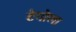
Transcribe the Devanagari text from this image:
टेगोला